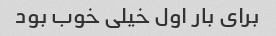
برای بار اول خیلی خوب بود